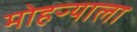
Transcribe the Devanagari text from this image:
मोहऱ्याला